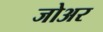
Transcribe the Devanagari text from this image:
जोअर